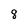
Character: 8